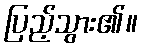
ပြည့်သွား၏။